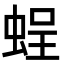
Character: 𧋸